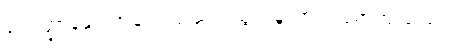
ပုံသဏ္ဍာန်နှင့် အချက်ပြ ဆက်သွယ်မှုသာ အခရာကျသည်။